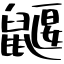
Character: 鼴